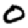
Digit: 0